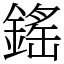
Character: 鎐